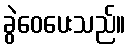
ခွဲဝေပေးသည်။